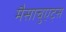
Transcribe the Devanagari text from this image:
मैसाचुएट्स